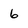
Character: 6